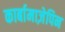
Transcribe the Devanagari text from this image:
कार्बामाज़ेपिन